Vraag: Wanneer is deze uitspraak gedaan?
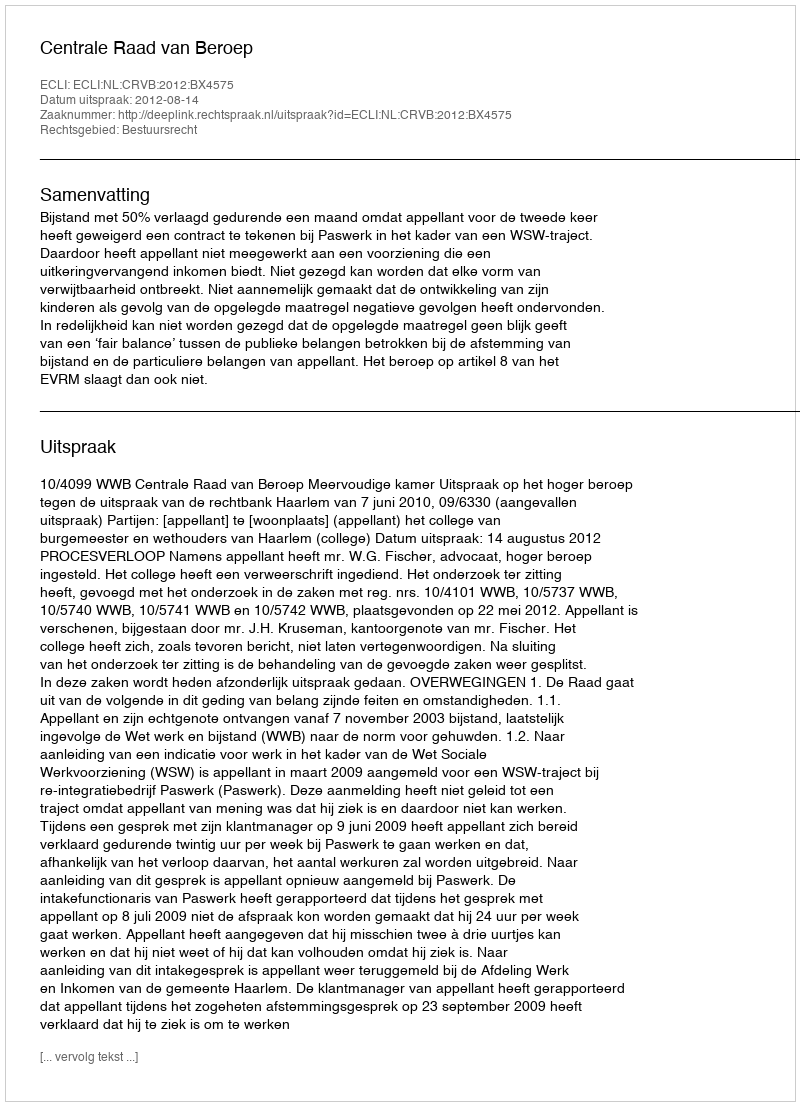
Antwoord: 2012-08-14